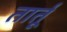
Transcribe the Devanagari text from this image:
तार्तू